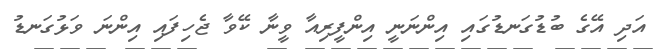
އަދި އޭގެ ބުޑުގަނޑުގައި އިންނަނީ އިންފީރިއާ ވީނާ ކޭވާ ޖެހިފައި އިންނަ ވަޅުގަނޑު